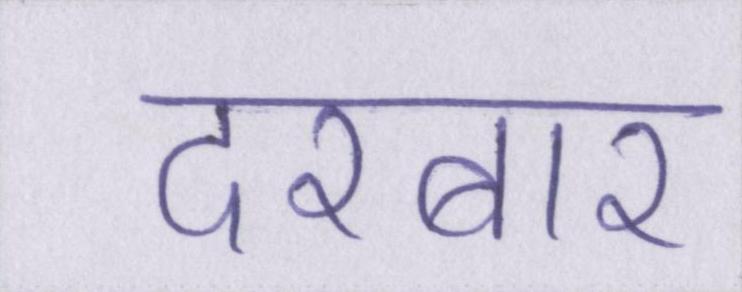
दरबार